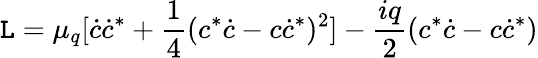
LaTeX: {\cal\mathtt{L}}=\mu_{q}[\dot{{c}}\dot{{c}}^{*}+\frac{{1}}{{4}}(c^{*}\dot{{c}}-c\dot{{c}}^{*})^{2}]-\frac{{iq}}{{2}}(c^{*}\dot{{c}}-c\dot{{c}}^{*})